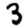
Digit: 3